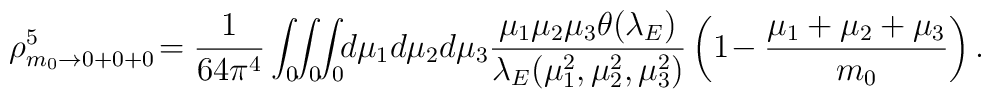
\rho^5_{m_0\rightarrow 0+0+0}\!=\frac{1}{64\pi^4} \int_0\!\!\int_0\!\!\int_0 \!\!d\mu_1 d\mu_2 d\mu_3 \frac{\mu_1\mu_2\mu_3\theta(\lambda_E)}{\lambda_E(\mu_1^2,\mu_2^2,\mu_3^2)} \left( 1\!-\frac{\mu_1+\mu_2+\mu_3}{m_0} \right).